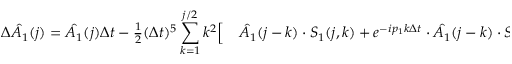
\begin{array} { r l } { \Delta \hat { A _ { 1 } } ( j ) = \hat { A _ { 1 } } ( j ) \Delta t - \frac { 1 } { 2 } ( \Delta t ) ^ { 5 } \displaystyle \sum _ { k = 1 } ^ { j / 2 } k ^ { 2 } \Bigl [ } & { { } \hat { A _ { 1 } } ( j - k ) \cdot S _ { 1 } ( j , k ) + e ^ { - i p _ { 1 } k \Delta t } \cdot \hat { A _ { 1 } } ( j - k ) \cdot S _ { 2 } ( j , k ) } \end{array}